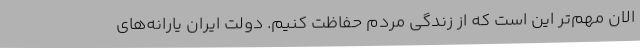
الان مهم‌تر این است که از زندگی مردم حفاظت کنیم. دولت ایران یارانه‌های